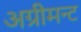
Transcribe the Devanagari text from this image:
अग्रीमन्ट